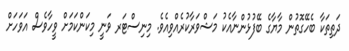
ދަތިތަކާ ބެހޭގޮތުން މާޔާގެ ބޭފުޅުންނާއެކު މަޝްވަރާކުރެއްވިއެވެ. މިނިސްޓަރ ވަނީ މިކަންކަމަށް ވީހާވެސް އަވަހަށް